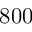
8 0 0